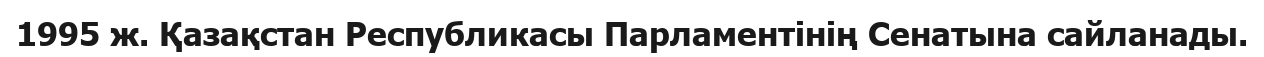
1995 ж. Қазақстан Республикасы Парламентінің Сенатына сайланады.